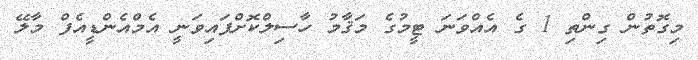
މިގޮތުން ގިންތި 1 ގެ އެއްވަނަ ޓީމުގެ މަޤާމު ހާސިލްކޮށްފައިވަނީ އެމްއެންޑީއެފް މާލޭ